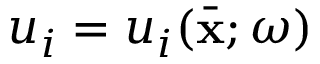
u _ { i } = u _ { i } ( \bar { \bf x } ; \omega )